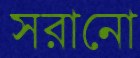
সরানো